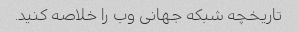
تاریخچه شبکه جهانی وب را خلاصه کنید.